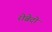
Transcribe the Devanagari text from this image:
रोब्रेदो